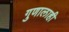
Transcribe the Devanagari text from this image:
गुणालाही